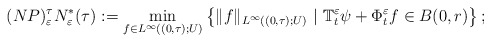
\begin{align*}(NP)^\tau_\varepsilon N_\varepsilon^*(\tau) := \displaystyle\min_{f\in L^{\infty}((0,\tau);U)} \left\lbrace \|f\|_{L^{\infty}((0,\tau);U)}\ |\ \mathbb{T}_t^\varepsilon \psi+\Phi_t^\varepsilon f\in B(0,r)\right\rbrace;\end{align*}